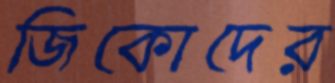
জিকোদের